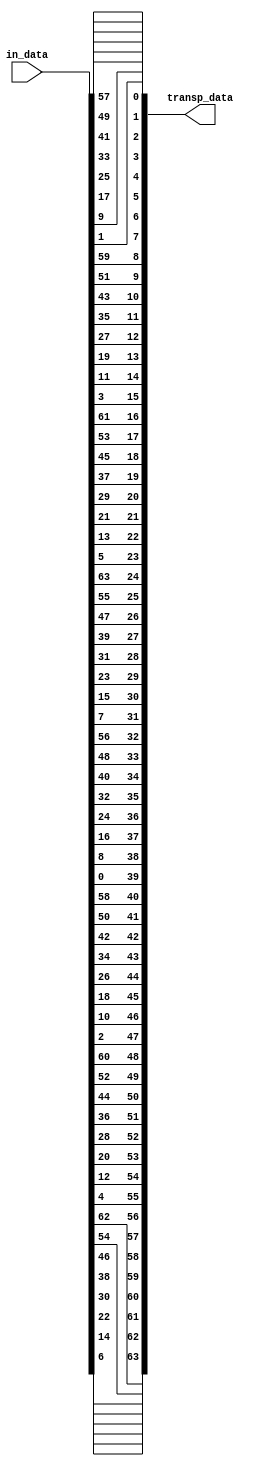
//Module for first DES transposition 
//
//18.11.2019

module  des_init_transp  #(parameter CIPHER_WIDTH = 64
)
(
	input wire [CIPHER_WIDTH - 1 : 0] in_data,

	output wire [CIPHER_WIDTH - 1 : 0] transp_data
);
	//row assign_array 

	assign transp_data[0] = in_data[57];
	assign transp_data[1] = in_data[49];
	assign transp_data[2] = in_data[41];
	assign transp_data[3] = in_data[33];
	assign transp_data[4] = in_data[25];
	assign transp_data[5] = in_data[17];
	assign transp_data[6] = in_data[9];
	assign transp_data[7] = in_data[1];
	assign transp_data[8] = in_data[59];
	assign transp_data[9] = in_data[51];
	assign transp_data[10] = in_data[43];
	assign transp_data[11] = in_data[35];
	assign transp_data[12] = in_data[27];
	assign transp_data[13] = in_data[19];
	assign transp_data[14] = in_data[11];
	assign transp_data[15] = in_data[3];
	assign transp_data[16] = in_data[61];
	assign transp_data[17] = in_data[53];
	assign transp_data[18] = in_data[45];
	assign transp_data[19] = in_data[37];
	assign transp_data[20] = in_data[29];
	assign transp_data[21] = in_data[21];
	assign transp_data[22] = in_data[13];
	assign transp_data[23] = in_data[5];
	assign transp_data[24] = in_data[63];
	assign transp_data[25] = in_data[55];
	assign transp_data[26] = in_data[47];
	assign transp_data[27] = in_data[39];
	assign transp_data[28] = in_data[31];
	assign transp_data[29] = in_data[23];
	assign transp_data[30] = in_data[15];
	assign transp_data[31] = in_data[7];
	assign transp_data[32] = in_data[56];
	assign transp_data[33] = in_data[48];
	assign transp_data[34] = in_data[40];
	assign transp_data[35] = in_data[32];
	assign transp_data[36] = in_data[24];
	assign transp_data[37] = in_data[16];
	assign transp_data[38] = in_data[8];
	assign transp_data[39] = in_data[0];
	assign transp_data[40] = in_data[58];
	assign transp_data[41] = in_data[50];
	assign transp_data[42] = in_data[42];
	assign transp_data[43] = in_data[34];
	assign transp_data[44] = in_data[26];
	assign transp_data[45] = in_data[18];
	assign transp_data[46] = in_data[10];
	assign transp_data[47] = in_data[2];
	assign transp_data[48] = in_data[60];
	assign transp_data[49] = in_data[52];
	assign transp_data[50] = in_data[44];
	assign transp_data[51] = in_data[36];
	assign transp_data[52] = in_data[28];
	assign transp_data[53] = in_data[20];
	assign transp_data[54] = in_data[12];
	assign transp_data[55] = in_data[4];
	assign transp_data[56] = in_data[62];
	assign transp_data[57] = in_data[54];
	assign transp_data[58] = in_data[46];
	assign transp_data[59] = in_data[38];
	assign transp_data[60] = in_data[30];
	assign transp_data[61] = in_data[22];
	assign transp_data[62] = in_data[14];
	assign transp_data[63] = in_data[6];
	

endmodule